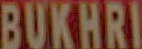
BUKHRI